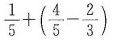
$$\frac { 1 } { 5 } +（ \frac { 4 } { 5 } - \frac { 2 } { 3 } ）$$